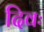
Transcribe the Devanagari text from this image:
दिवः